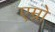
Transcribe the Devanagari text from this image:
एम्नो